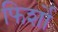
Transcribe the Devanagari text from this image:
फिर्शो